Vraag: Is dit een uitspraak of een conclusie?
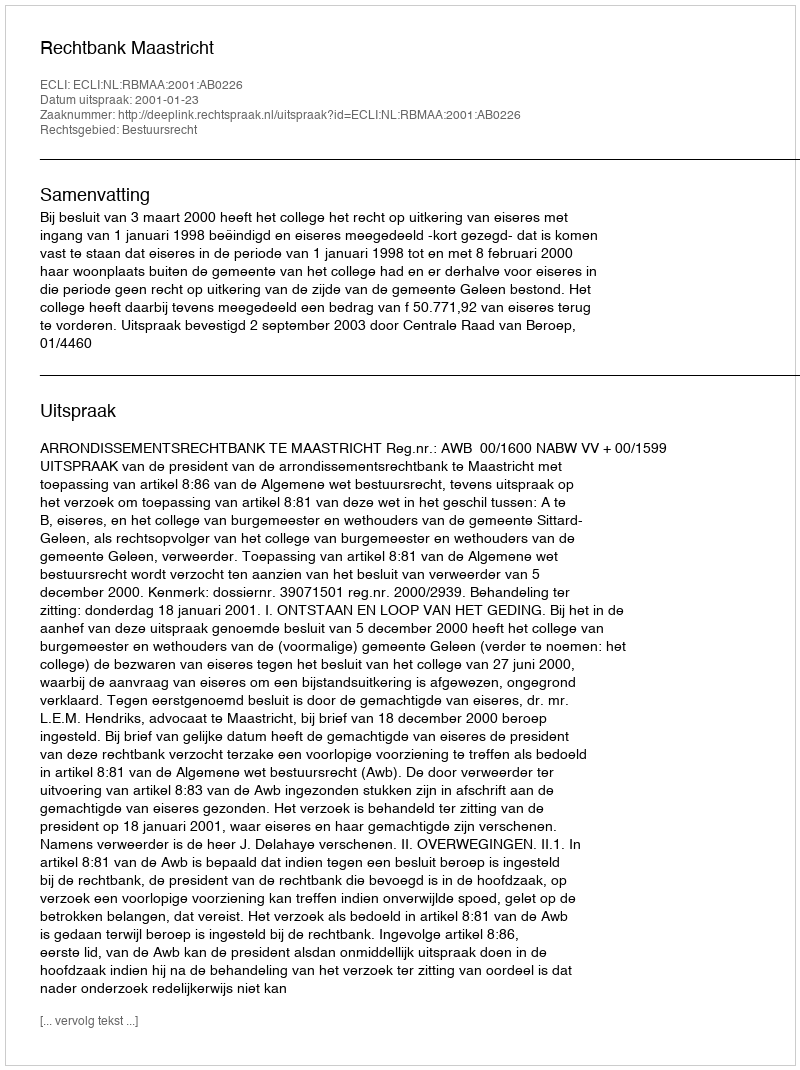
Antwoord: Uitspraak